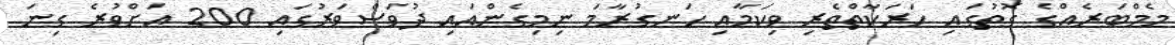
މެމްބަރެއްގެ ގޮތުގައި ހަރަކާތްތެރި ވިކަމާއި ހަނގުރާމަ ނިމިގެންއައި ދުވަސްވަރުގައި 200 އަށްވުރެ ގިނަ